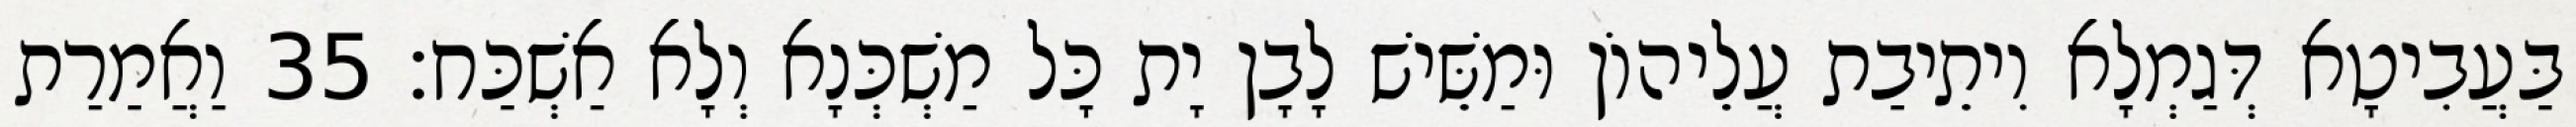
בַּעֲבִיטָא דְּגַמְלָא וִיתֵיבַת עֲלֵיהוֹן וּמַשֵּׁישׁ לָבָן יָת כָּל מַשְׁכְּנָא וְלָא אַשְׁכַּח׃ 35 וַאֲמַרַת